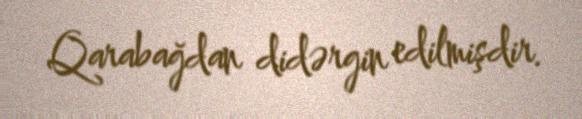
Qarabağdan didərgin edilmişdir.